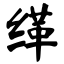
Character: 缂